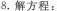
8.解方程：